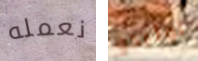
نعمله توليدو